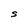
Character: S